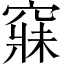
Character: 𥧌